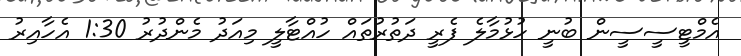
އެމްޓީސީސީން ބުނީ ހުޅުމާލެ ފެރީ ދަތުރުތައް ހުއްޓާލީ މިއަދު މެންދުރު 1:30 އެހާއިރު